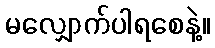
မလျှောက်ပါရစေနဲ့။